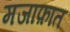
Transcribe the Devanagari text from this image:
मजाफ़ात